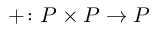
+ \colon P \times P \to P